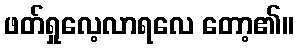
ဖတ်ရှုလေ့လာရလေ တော့၏။